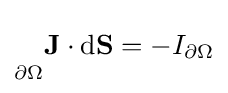
{\vphantom {\oint }}_{\scriptstyle \partial \Omega }\mathbf {J} \cdot {\rm {d}}\mathbf {S} =-I_{\partial \Omega }